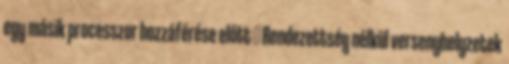
egy másik processzor hozzáférése előtt ● Rendezettség nélkül versenyhelyzetek